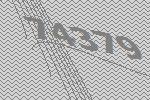
74379